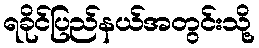
ရခိုင်ပြည်နယ်အတွင်းသို့